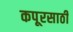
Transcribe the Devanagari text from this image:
कपूरसाठी